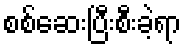
စစ်ဆေးပြီးစီးခဲ့ရာ